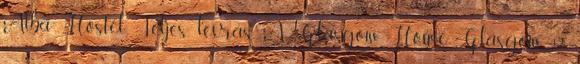
Alba Hostel Teljes leírás A Glasgow House Glasgow 12